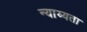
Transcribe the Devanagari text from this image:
न्याय्यता